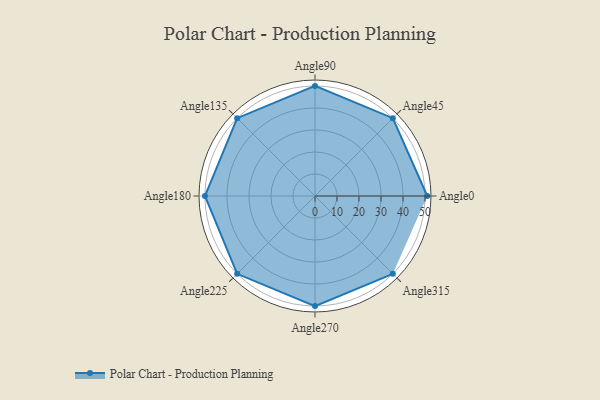
{"axis": {"x": "Angle", "y": "Radius"}, "legend": [""], "data": [{"x": "Angle0", "y": 51.0, "type": ""}, {"x": "Angle45", "y": 50, "type": ""}, {"x": "Angle90", "y": 50.0, "type": ""}, {"x": "Angle135", "y": 50.0, "type": ""}, {"x": "Angle180", "y": 50, "type": ""}, {"x": "Angle225", "y": 50, "type": ""}, {"x": "Angle270", "y": 50, "type": ""}, {"x": "Angle315", "y": 50, "type": ""}]}